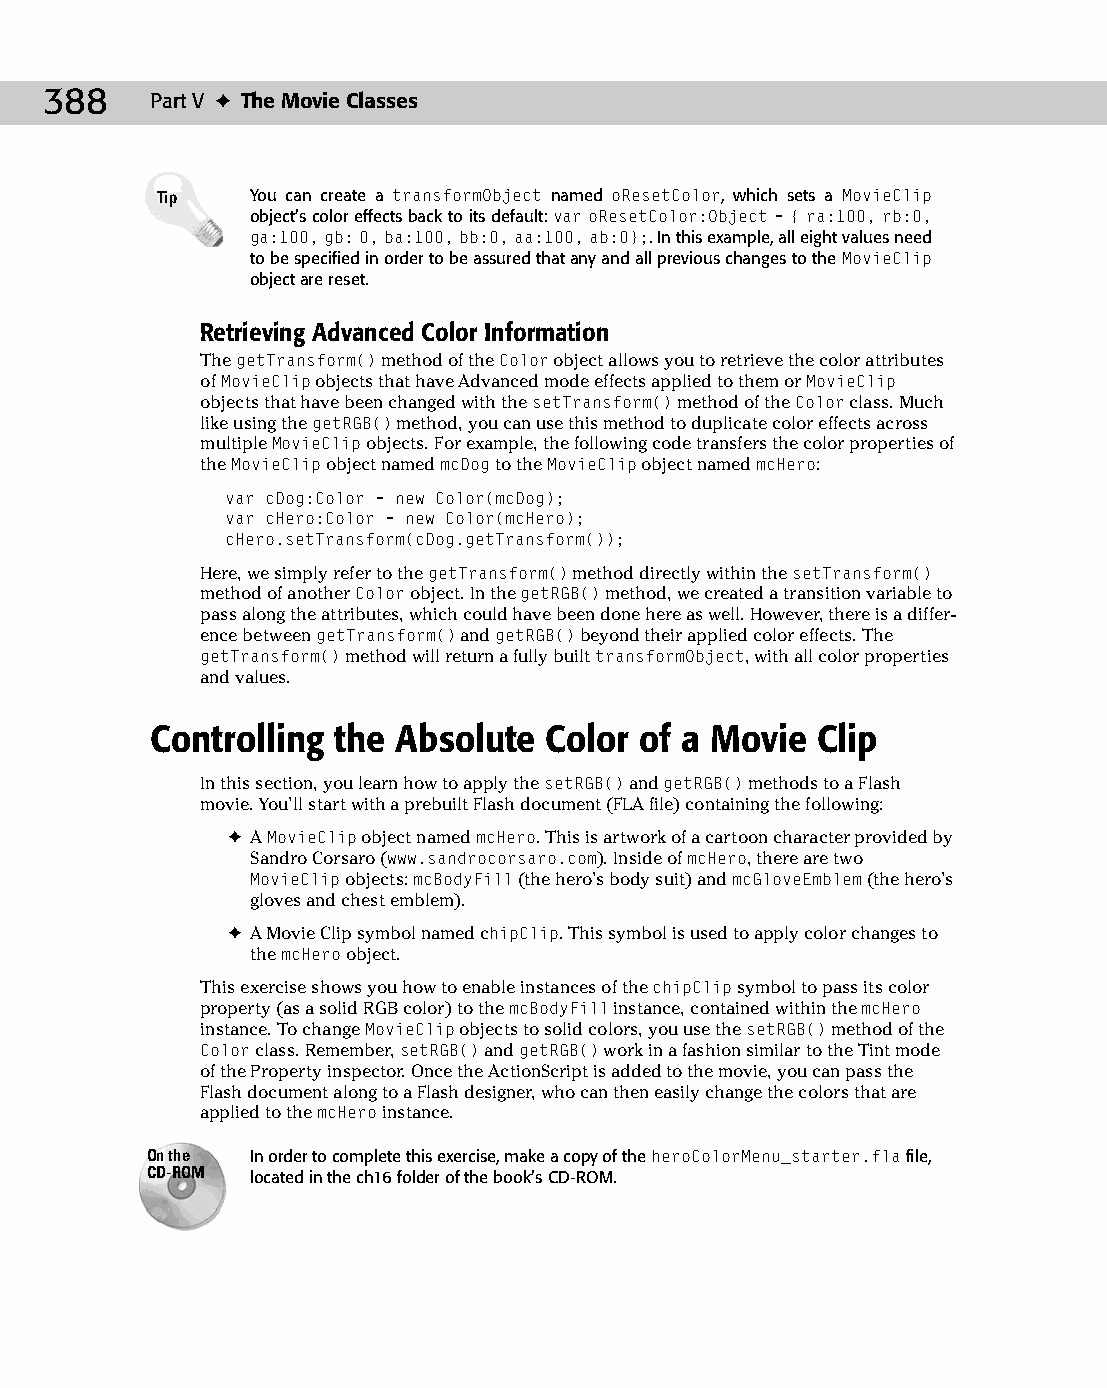
22 543547 ch16.qxd 3/24/04 4:11 PM Page 388
 388    Part V ✦ The Movie Classes
 Tip    You can create a transformObject named oResetColor, which sets a MovieClip
 object’s color effects back to its default: var oResetColor:Object={ ra:100, rb:0,
 ga:100, gb: 0, ba:100, bb:0, aa:100, ab:0};. In this example, all eight values need
 to be specified in order to be assured that any and all previous changes to the MovieClip
 object are reset.
 Retrieving Advanced Color Information
 The getTransform() method of the Color object allows you to retrieve the color attributes
 of MovieClip objects that have Advanced mode effects applied to them or MovieClip
 objects that have been changed with the setTransform() method of the Color class. Much
 like using the getRGB() method, you can use this method to duplicate color effects across
 multiple MovieClip objects. For example, the following code transfers the color properties of
 the MovieClip object named mcDog to the MovieClip object named mcHero:
 var cDog:Color = new Color(mcDog);
 var cHero:Color = new Color(mcHero);
 cHero.setTransform(cDog.getTransform());
 Here, we simply refer to the getTransform() method directly within the setTransform()
 method of another Color object. In the getRGB() method, we created a transition variable to
 pass along the attributes, which could have been done here as well. However, there is a differ­
 ence between getTransform() and getRGB() beyond their applied color effects. The
 getTransform() method will return a fully built transformObject, with all color properties
 and values.
 Controlling the Absolute  Color of a Movie  Clip
 In this section, you learn how to apply the setRGB() and getRGB() methods to a Flash
 movie. You’ll start with a prebuilt Flash document (FLA file) containing the following:
 ✦ A MovieClip object named mcHero. This is artwork of a cartoon character provided by
 Sandro Corsaro (www.sandrocorsaro.com). Inside of mcHero, there are two
 MovieClip objects: mcBodyFill (the hero’s body suit) and mcGloveEmblem (the hero’s
 gloves and chest emblem).
 ✦ A Movie Clip symbol named chipClip. This symbol is used to apply color changes to
 the mcHero object.
 This exercise shows you how to enable instances of the chipClip symbol to pass its color
 property (as a solid RGB color) to the mcBodyFill instance, contained within the mcHero
 instance. To change MovieClip objects to solid colors, you use the setRGB() method of the
 Color class. Remember, setRGB() and getRGB() work in a fashion similar to the Tint mode
 of the Property inspector. Once the ActionScript is added to the movie, you can pass the
 Flash document along to a Flash designer, who can then easily change the colors that are
 applied to the mcHero instance.
 On the In order to complete this exercise, make a copy of the heroColorMenu_starter.fla file,
 CD-ROM located in the ch16 folder of the book’s CD-ROM.